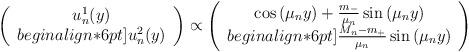
LaTeX: \begin{align*}\left(\begin{array}{c}u_n^1(y)\\begin{align*}6pt]u_n^2(y)\end{array}\right)\propto\left(\begin{array}{c}\cos\left(\mu_n y\right)+\frac{m_-}{\mu_n}\sin\left(\mu_n y\right)\\begin{align*}6pt]\frac{M_n-m_+}{\mu_n}\sin\left(\mu_n y\right)\end{array}\right)\end{align*}